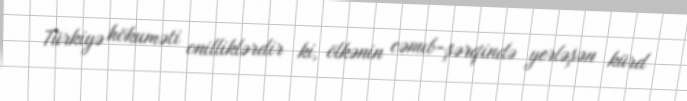
Türkiyə hökuməti onilliklərdir ki, ölkənin cənub-şərqində yerləşən kürd